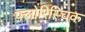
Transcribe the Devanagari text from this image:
फ्लोरिस्चिक